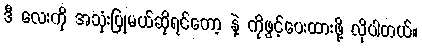
ဒီ လေးကို အသုံးပြုမယ်ဆိုရင်တော့ နဲ့ ကိုဖွင့်ပေးထားဖို့ လိုပါတယ်။